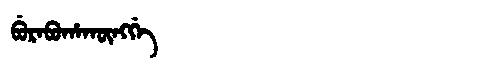
Manchu: ᠪᡠᡵᠠᠪᡠᡥᠠᡴᡡᠩᡤᡝ
Romanization: BURABUHAKŪNGGE